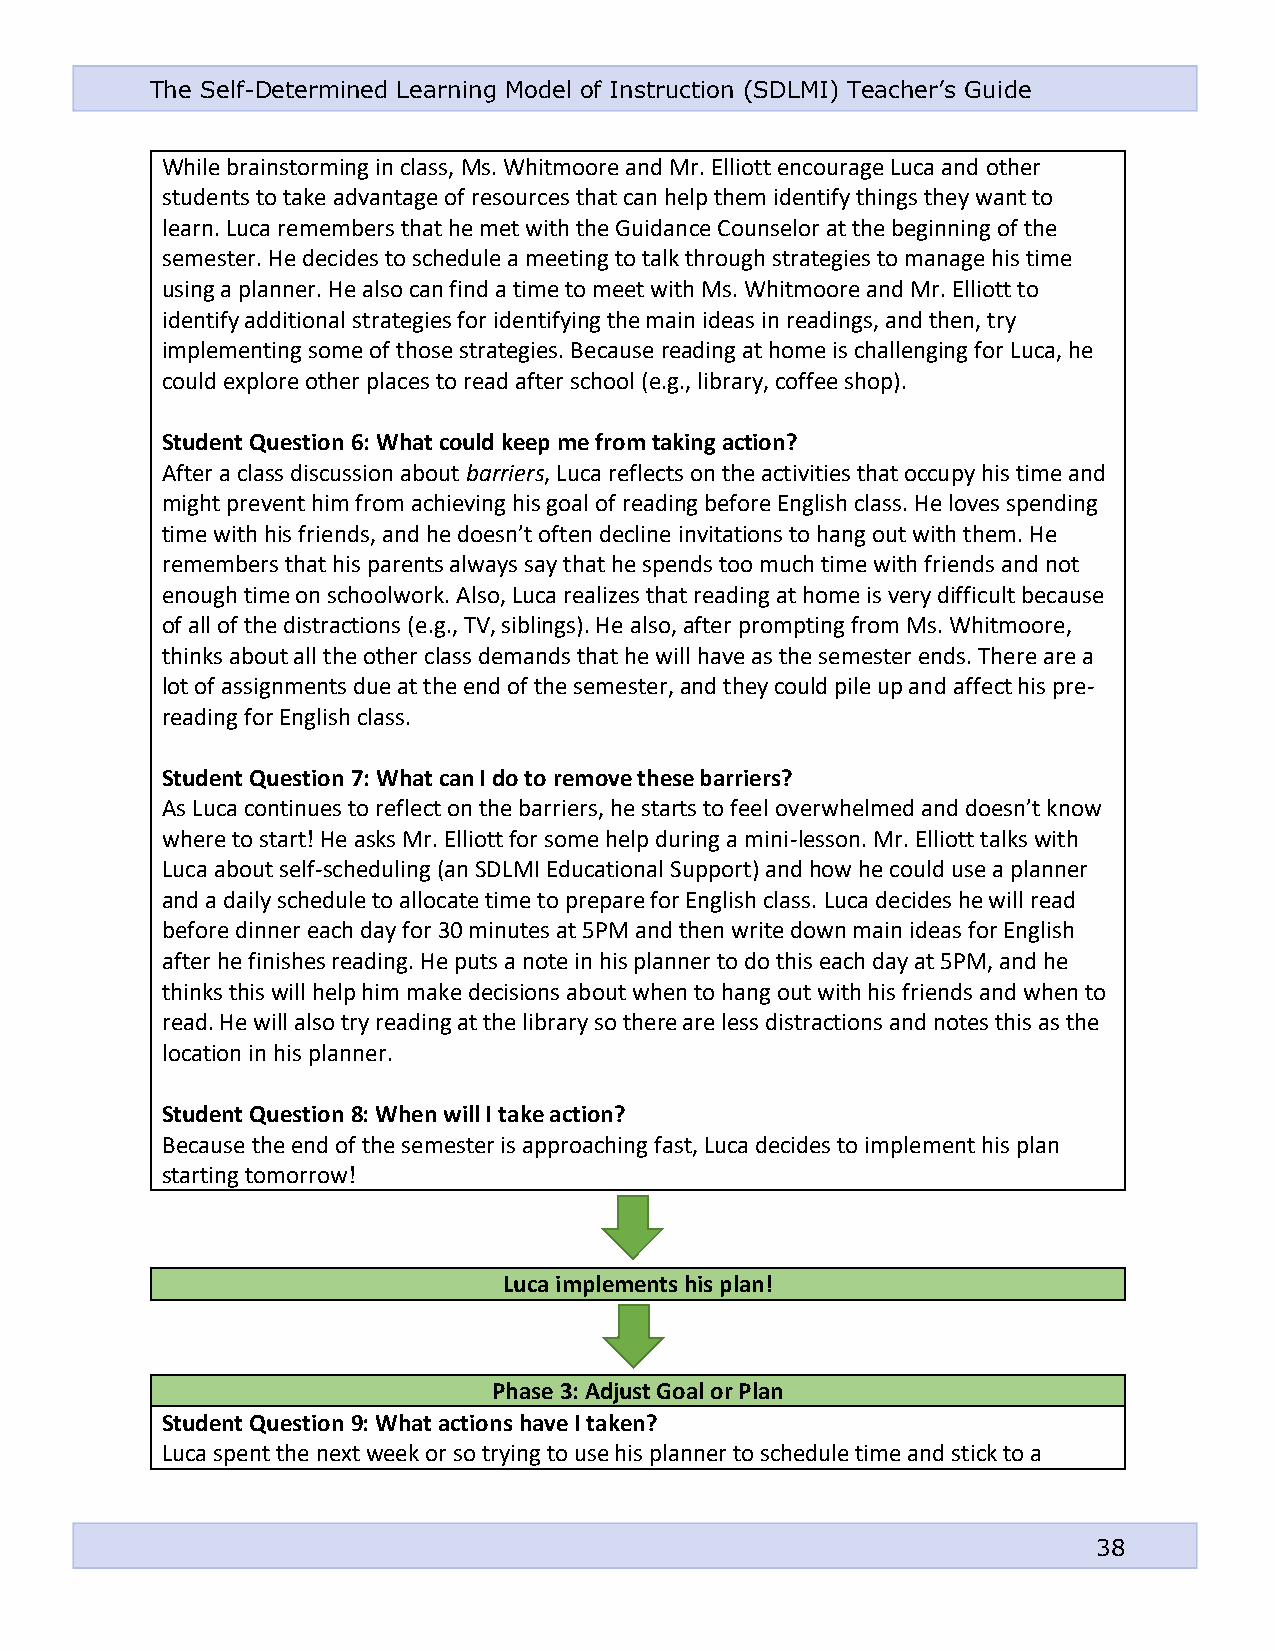
The Self-Determined Learning Model of Instruction (SDLMI) Teacher’s Guide
 While brainstorming in class, Ms. Whitmoore and Mr. Elliott encourage Luca and other
 students to take advantage of resources that can help them identify things they want to
 learn. Luca remembers that he met with the Guidance Counselor at the beginning of the
 semester. He decides to schedule a meeting to talk through strategies to manage his time
 using a planner. He also can find a time to meet with Ms. Whitmoore and Mr. Elliott to
 identify additional strategies for identifying the main ideas in readings, and then, try
 implementing some of those strategies. Because reading at home is challenging for Luca, he
 could explore other places to read after school (e.g., library, coffee shop).
 Student Question 6: What could keep me from taking action?
 After a class discussion about barriers, Luca reflects on the activities that occupy his time and
 might prevent him from achieving his goal of reading before English class. He loves spending
 time with his friends, and he doesn’t often decline invitations to hang out with them. He
 remembers that his parents always say that he spends too much time with friends and not
 enough time on schoolwork. Also, Luca realizes that reading at home is very difficult because
 of all of the distractions (e.g., TV, siblings). He also, after prompting from Ms. Whitmoore,
 thinks about all the other class demands that he will have as the semester ends. There are a
 lot of assignments due at the end of the semester, and they could pile up and affect his pre-
 reading for English class.
 Student Question 7: What can I do to remove these barriers?
 As Luca continues to reflect on the barriers, he starts to feel overwhelmed and doesn’t know
 where to start! He asks Mr. Elliott for some help during a mini-lesson. Mr. Elliott talks with
 Luca about self-scheduling (an SDLMI Educational Support) and how he could use a planner
 and a daily schedule to allocate time to prepare for English class. Luca decides he will read
 before dinner each day for 30 minutes at 5PM and then write down main ideas for English
 after he finishes reading. He puts a note in his planner to do this each day at 5PM, and he
 thinks this will help him make decisions about when to hang out with his friends and when to
 read. He will also try reading at the library so there are less distractions and notes this as the
 location in his planner.
 Student Question 8: When will I take action?
 Because the end of the semester is approaching fast, Luca decides to implement his plan
 starting tomorrow!
 Luca implements his plan!
 Phase 3: Adjust Goal or Plan
 Student Question 9: What actions have I taken?
 Luca spent the next week or so trying to use his planner to schedule time and stick to a
 38